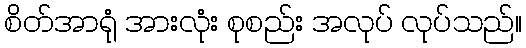
စိတ်အာရုံ အားလုံး စုစည်း အလုပ် လုပ်သည်။